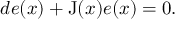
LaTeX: d e ( x ) + \operatorname { J } ( x ) e ( x ) = 0 .